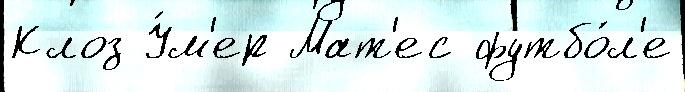
Клоз У́м'ер Мат'ес футбо́л'е